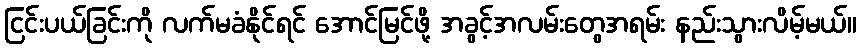
ငြင်းပယ်ခြင်းကို လက်မခံနိုင်ရင် အောင်မြင်ဖို့ အခွင့်အလမ်းတွေအရမ်း နည်းသွားလိမ့်မယ်။